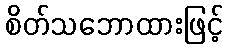
စိတ်သဘောထားဖြင့်